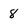
Character: 8